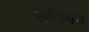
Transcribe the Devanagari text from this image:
सरित्चेन